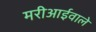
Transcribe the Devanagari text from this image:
मरीआईवाले